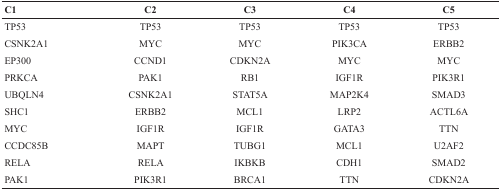
| C1 | C2 | C3 | C4 | C5 |
 | --- | --- | --- | --- | --- |
 | TP53 | TP53 | TP53 | TP53 | TP53 |
 | CSNK2A1 | MYC | MYC | PIK3CA | ERBB2 |
 | EP300 | CCND1 | CDKN2A | MYC | MYC |
 | PRKCA | PAK1 | RB1 | IGF1R | PIK3R1 |
 | UBQLN4 | CSNK2A1 | STAT5A | MAP2K4 | SMAD3 |
 | SHC1 | ERBB2 | MCL1 | LRP2 | ACTL6A |
 | MYC | IGF1R | IGF1R | GATA3 | TTN |
 | CCDC85B | MAPT | TUBG1 | MCL1 | U2AF2 |
 | RELA | RELA | IKBKB | CDH1 | SMAD2 |
 | PAK1 | PIK3R1 | BRCA1 | TTN | CDKN2A |